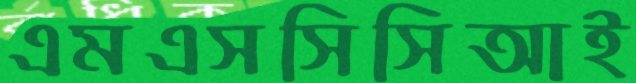
এমএসসিসিআই